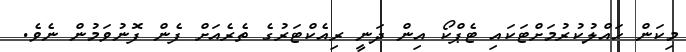
މިކަން ހައްލުކުރުމަށްޓަކައި ޓެޕްކޯ އިން ދަނީ ރިއެކްޓަރުގެ ތެރެއަށް ފެން ފޮނުވަމުން ނެވެ.